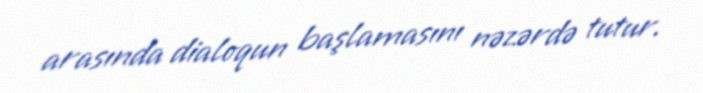
arasında dialoqun başlamasını nəzərdə tutur.